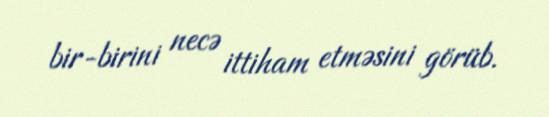
bir-birini necə ittiham etməsini görüb.